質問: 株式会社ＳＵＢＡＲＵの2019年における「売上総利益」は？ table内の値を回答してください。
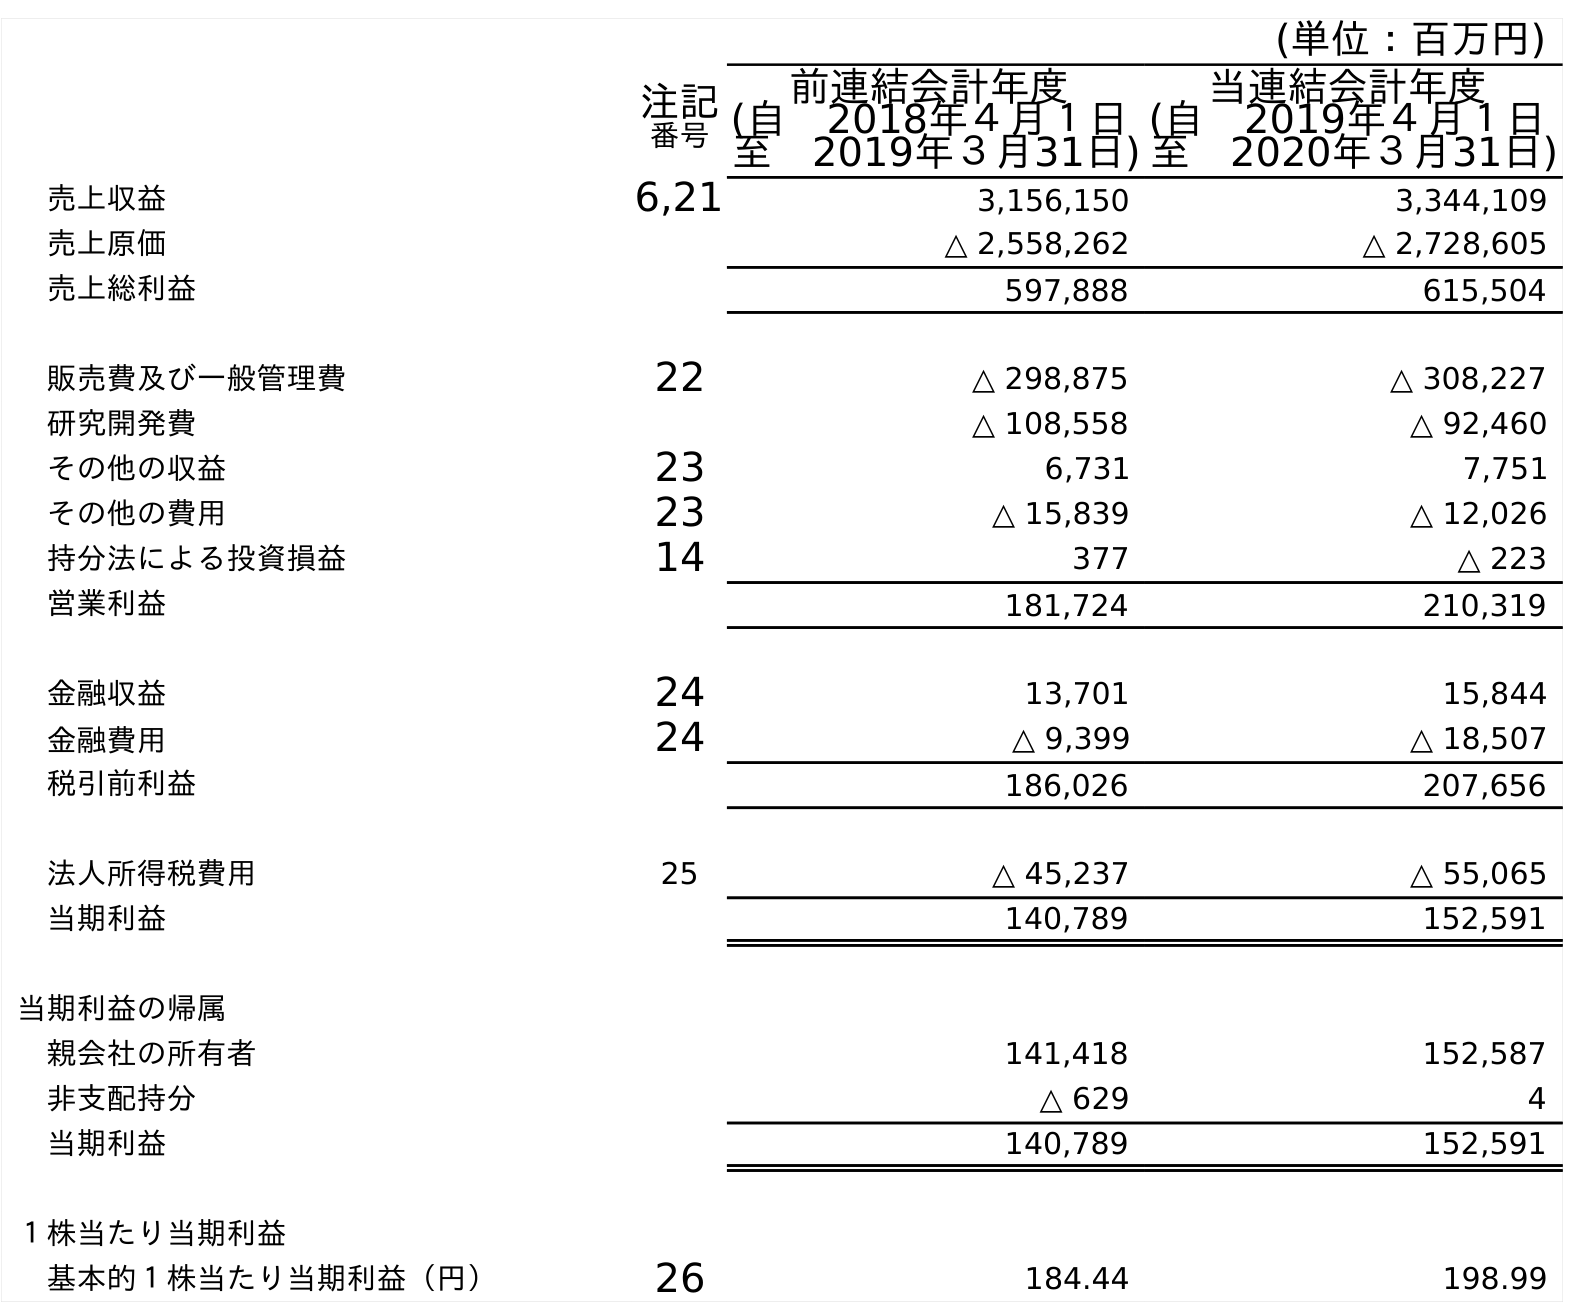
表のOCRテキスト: (単位：百万円) 注記 番号 前連結会計年度 (自 2018年４月１日 至 2019年３月31日) 当連結会計年度 (自 2019年４月１日 至 2020年３月31日) 売上収益 6,21 3,156,150 3,344,109 売上原価 △ 2,558,262 △ 2,728,605 売上総利益 597,888 615,504 販売費及び一般管理費 22 △ 298,875 △ 308,227 研究開発費 △ 108,558 △ 92,460 その他の収益 23 6,731 7,751 その他の費用 23 △ 15,839 △ 12,026 持分法による投資損益 14 377 △ 223 営業利益 181,724 210,319 金融収益 24 13,701 15,844 金融費用 24 △ 9,399 △ 18,507 税引前利益 186,026 207,656 法人所得税費用 25 △ 45,237 △ 55,065 当期利益 140,789 152,591 当期利益の帰属 親会社の所有者 141,418 152,587 非支配持分 △ 629 4 当期利益 140,789 152,591 １株当たり当期利益 基本的１株当たり当期利益（円） 26 184.44 198.99
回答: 597,888